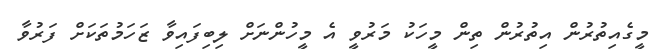
މީގެއިތުރުން އިތުރުން ތިން މީހަކު މަރުވީ އެ މީހުންނަށް ލިބިފައިވާ ޒަހަމުތަކަށް ފަރުވާ